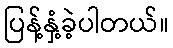
ပြန့်နှံ့ခဲ့ပါတယ်။